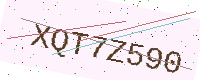
Text: XQT7Z590